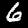
Digit: 6